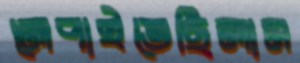
লেপাইতেছিলাম